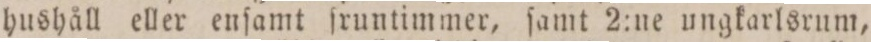
hushåll eller enſamt ſruntimmer, ſamt 2:ne ungkarlsrum,